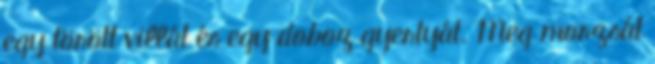
egy törött villát és egy doboz gyertyát. Meg morzsát